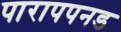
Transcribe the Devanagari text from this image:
पारापपनड